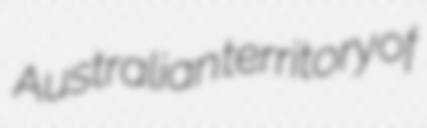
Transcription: Australian territory of